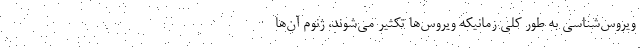
ویروس‌شناسی به طور کلی زمانیکه ویروس‌ها تکثیر می‌شوند، ژنوم آن‌ها